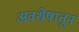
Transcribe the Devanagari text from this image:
अवशेषातून